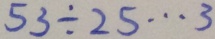
5 3 \div 2 5 \cdots 3